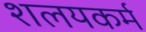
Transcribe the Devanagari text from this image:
शलयकर्म